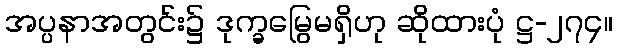
အပ္ပနာအတွင်း၌ ဒုက္ခမြွေမရှိဟု ဆိုထားပုံ ဋ္ဌ-၂၇၄။